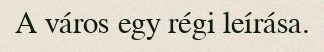
A város egy régi leírása.